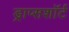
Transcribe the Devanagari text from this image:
ड्राप्सशॉर्ट